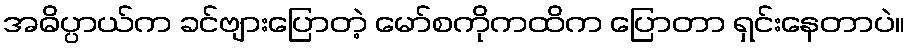
အဓိပ္ပာယ်က ခင်ဗျားပြောတဲ့ မော်စကိုကထိက ပြောတာ ရှင်းနေတာပဲ။